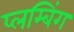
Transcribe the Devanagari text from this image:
प्लम्बिंग